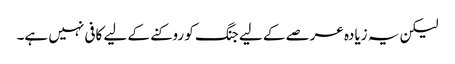
لیکن یہ زیادہ عرصے کے لیے جنگ کو روکنے کے لیے کافی نہیں ہے۔